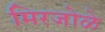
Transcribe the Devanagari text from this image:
मिरजोळे